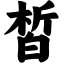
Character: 皙